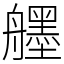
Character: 𦪷